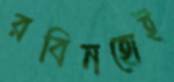
রবিনহোই